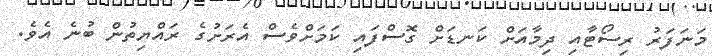
މަނަފަރު ރިސޯޓާއި ދިމާއަށް ކަނޑަށް ގޮސްފައި ކަމަށްވެސް އެރަށުގެ ރައްޔިތުން ބުނެ އެވެ.